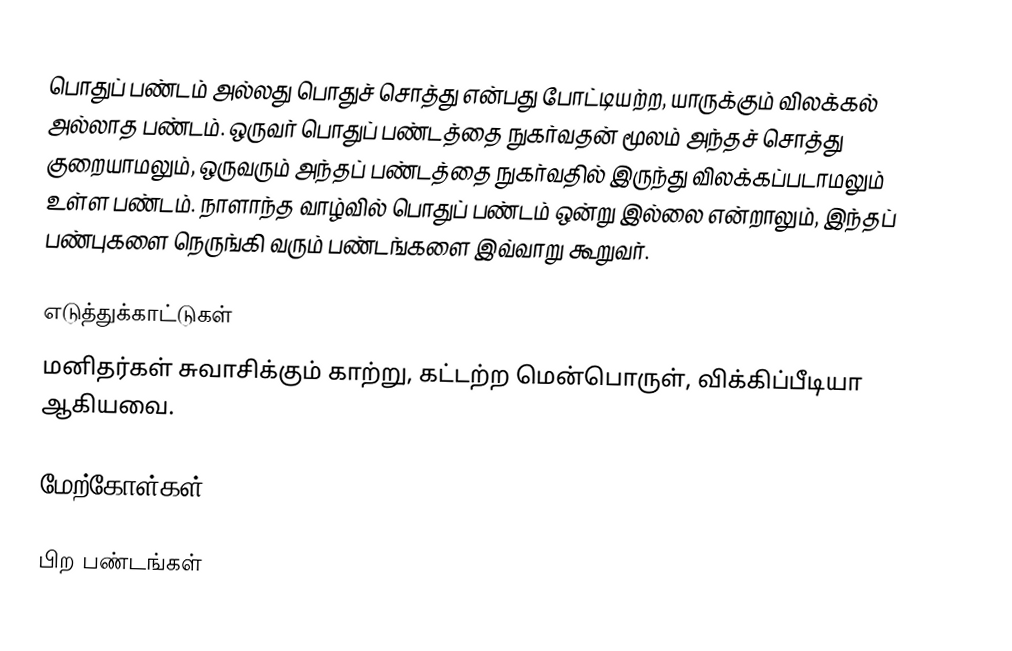
பொதுப் பண்டம் அல்லது பொதுச் சொத்து என்பது போட்டியற்ற, யாருக்கும் விலக்கல் அல்லாத பண்டம்.  ஒருவர் பொதுப் பண்டத்தை நுகர்வதன் மூலம் அந்தச் சொத்து குறையாமலும், ஒருவரும் அந்தப் பண்டத்தை நுகர்வதில் இருந்து விலக்கப்படாமலும் உள்ள பண்டம்.  நாளாந்த வாழ்வில் பொதுப் பண்டம் ஒன்று இல்லை என்றாலும், இந்தப் பண்புகளை நெருங்கி வரும் பண்டங்களை இவ்வாறு கூறுவர்.

எடுத்துக்காட்டுகள்
மனிதர்கள் சுவாசிக்கும் காற்று, கட்டற்ற மென்பொருள், விக்கிப்பீடியா ஆகியவை.

மேற்கோள்கள்

பிற பண்டங்கள்